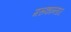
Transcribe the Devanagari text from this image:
मरूकान्तार